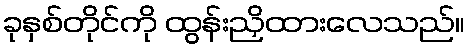
ခုနှစ်တိုင်ကို ထွန်းညှိထားလေသည်။